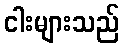
ငါးများသည်